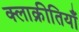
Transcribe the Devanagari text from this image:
क्लाक्रीतियाँ